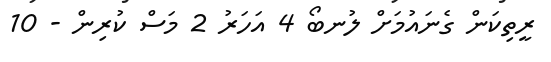
ރީތިކަން ގެނައުމަށް ލުނބޯ 4 އަހަރު 2 މަސް ކުރިން - 10